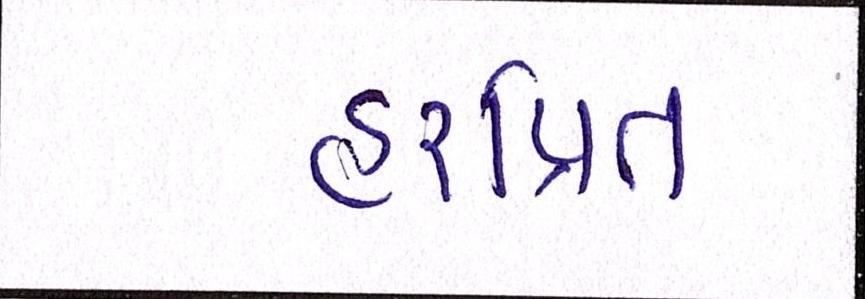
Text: હરપ્રિત